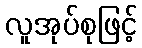
လူအုပ်စုဖြင့်